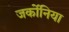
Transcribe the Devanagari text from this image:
जर्कोनिया